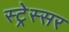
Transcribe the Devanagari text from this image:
स्ट्रेस्सर